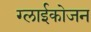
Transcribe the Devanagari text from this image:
ग्लाईकोजन